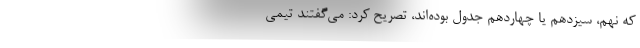
که نهم، سیزدهم یا چهاردهم جدول بوده‌اند، تصریح کرد: می‌گفتند تیمی